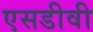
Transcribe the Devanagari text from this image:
एसडीवी